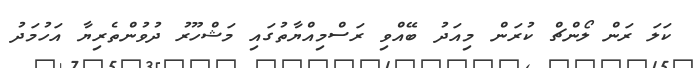
ކަލަ ރަން ލޯންޗް ކުރަން މިއަދު ބޭއްވި ރަސްމިއްޔާތުގައި މަޝްހޫރު ދުވުންތެރިޔާ އަހުމަދު